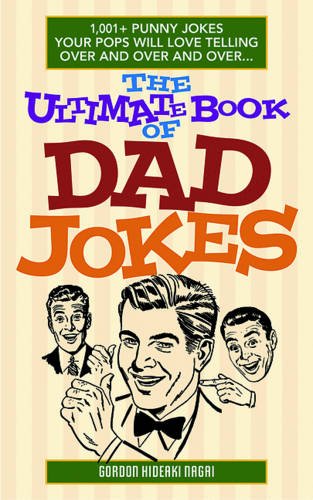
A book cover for The Ultimate Book of Dad Jokes: 1,001+ Punny Jokes Your Pops Will Love Telling Over and Over and Over...; Gordon Hideaki Nagai; Humor & Entertainment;